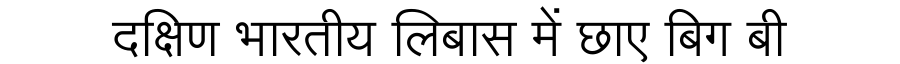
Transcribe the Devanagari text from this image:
दक्षिण भारतीय लिबास में छाए बिग बी